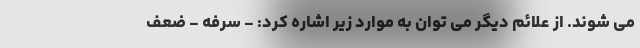
می شوند. از علائم دیگر می توان به موارد زیر اشاره کرد: - سرفه - ضعف